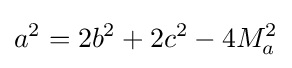
a^{2}=2b^{2}+2c^{2}-4M_{a}^{2}